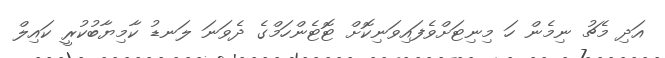
އަދި މެޗު ނިމެން ހަ މިނިޓަށްވެފައިވަނިކޮށް ޓޮޓެންހަމްގެ ދެވަނަ ލަނޑު ކާމިޔާބުކުރީ ކައިލް